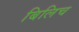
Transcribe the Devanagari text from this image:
बिलिच